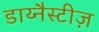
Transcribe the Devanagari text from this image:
डाय्नैस्टीज़